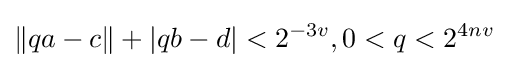
\|qa-c\|+|qb-d|<2^{-3v},0<q<2^{4nv}